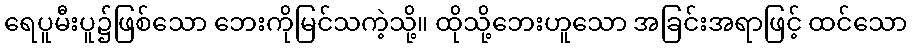
ရေပူမီးပူ၌ဖြစ်သော ဘေးကိုမြင်သကဲ့သို့။ ထိုသို့ဘေးဟူသော အခြင်းအရာဖြင့် ထင်သော